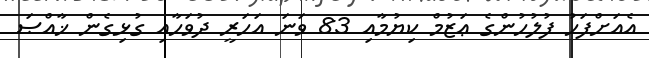
އެއަށްފަހު ފުލުހުންގެ ޢަޒުމް ކިޔުމާއި 83 ވަނަ އަހަރީ ދުވަހާއި ގުޅިގެން ޚާއްޞަ